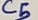
Text: C5